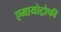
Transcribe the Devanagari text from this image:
एमायोट्रोफी